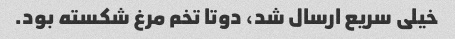
خیلی سریع ارسال شد، دوتا تخم مرغ شکسته بود.